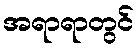
အရာရာတွင်